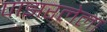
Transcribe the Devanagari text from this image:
पाझरलेला